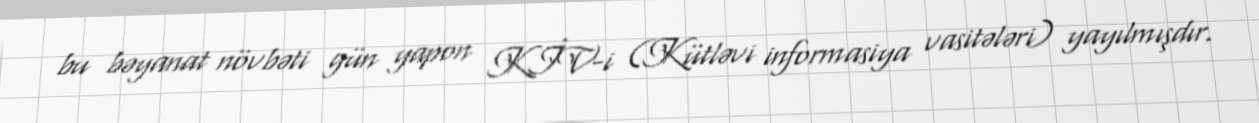
bu bəyanat növbəti gün yapon KİV-i (Kütləvi informasiya vasitələri) yayılmışdır.